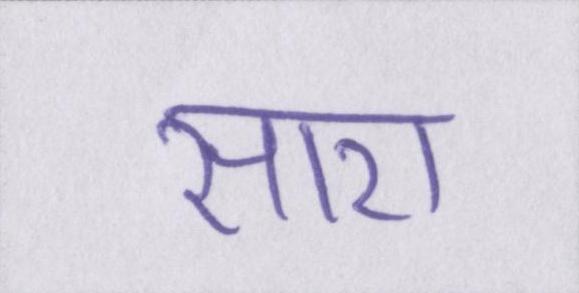
सारा